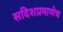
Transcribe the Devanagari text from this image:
सदिशप्रमाणेच